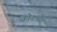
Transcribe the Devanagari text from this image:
क्वोकाचा